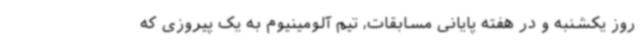
روز یکشنبه و در هفته پایانی مسابقات، تیم آلومینیوم به یک پیروزی که